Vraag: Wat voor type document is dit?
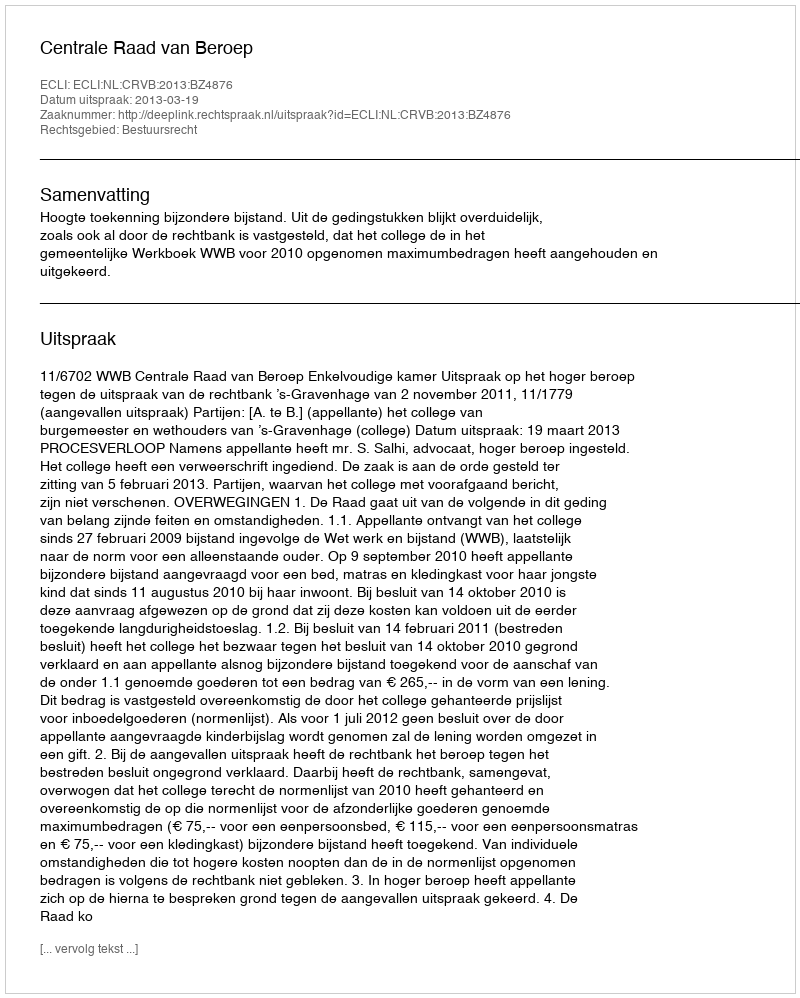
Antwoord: Uitspraak